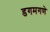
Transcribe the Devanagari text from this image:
डगमगणे